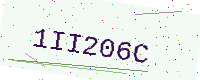
Text: 1II206C